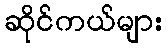
ဆိုင်ကယ်များ